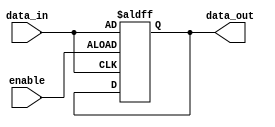
module data_enable_latch (
    input wire data_in,
    input wire enable,
    output reg data_out
);

always @(posedge enable or posedge data_in) begin
    if (enable) begin
        data_out <= data_in;
    end
end

endmodule